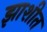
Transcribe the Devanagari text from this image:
झाशीत